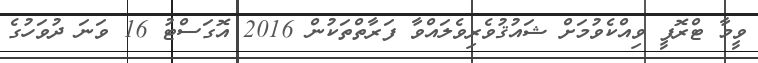
ވީމާ ޓްރޮފީ ވިއްކެވުމަށް ޝައުޤުވެރިވެލައްވާ ފަރާތްތަކުން 2016 އޮގަސްޓު 16 ވަނަ ދުވަހުގެ